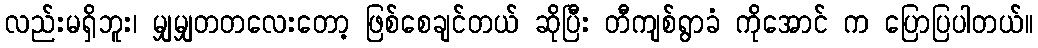
လည်းမရှိဘူး၊ မျှမျှတတလေးတော့ ဖြစ်စေချင်တယ် ဆိုပြီး တီကျစ်ရွာခံ ကိုအောင် က ပြောပြပါတယ်။